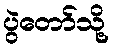
ပွဲတော်သို့